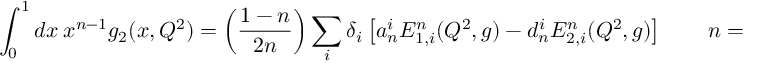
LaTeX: \int _ { 0 } ^ { 1 } d x ~ x ^ { n - 1 } g _ { 2 } ( x , Q ^ { 2 } ) = \left( \frac { 1 - n } { 2 n } \right) \sum _ { i } \delta _ { i } \left[ a _ { n } ^ { i } E _ { 1 , i } ^ { n } ( Q ^ { 2 } , g ) - d _ { n } ^ { i } E _ { 2 , i } ^ { n } ( Q ^ { 2 } , g ) \right] \qquad n = 3 , 5 , 7 \dots